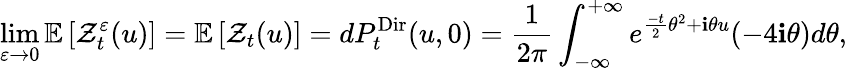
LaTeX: \operatorname*{lim}_{\varepsilon\to 0}\mathbb E\left[\mathcal{Z}_{t}^{\varepsilon}(u)\right]=\mathbb E\left[\mathcal Z_{t}(u)\right]=dP_{t}^{\mathrm{Dir}}(u,0)=\frac{1}{2\pi}\int_{-\infty}^{+\infty}e^{\frac{-t}{2}\theta^{2}+\mathbf i\theta u}(-4\mathbf i\theta)d\theta,